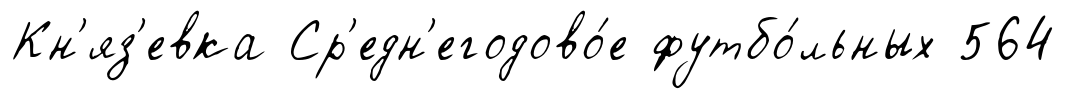
Кн'яз'евка Ср'едн'егодово́е футбо́льных 564